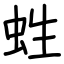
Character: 﨡